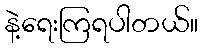
နဲ့ရေးကြရပါတယ်။